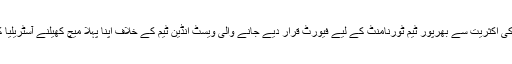
بہرحال نوجوان کھلاڑیوں کی اکثریت سے بھرپور ٹیم ٹورنامنٹ کے لیے فیورٹ قرار دیے جانے والی ویسٹ انڈین ٹیم کے خلاف اپنا پہلا میچ کھیلنے آسٹریلیا کے میلبورن اسٹیڈیم پہنچی۔